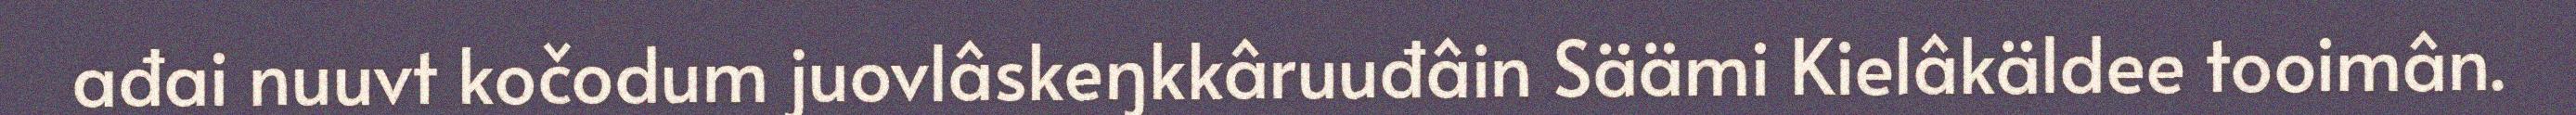
ađai nuuvt kočodum juovlâskeŋkkâruuđâin Säämi Kielâkäldee tooimân.